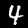
Label: 4